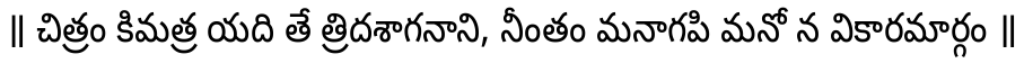
॥ చిత్రం కిమత్ర యది తే త్రిదశాగనాని, నీంతం మనాగపి మనో న వికారమార్గం ॥